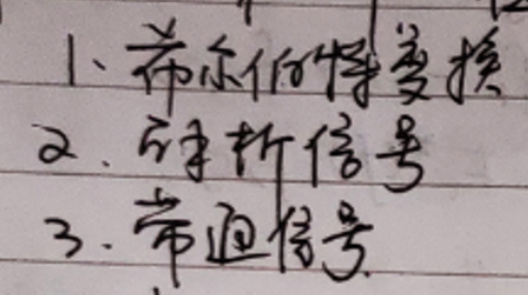
1. 希尔伯特变换
2. 解析信号
3. 带通信号